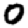
Digit: 0